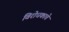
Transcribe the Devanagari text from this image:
विरोधकाचे